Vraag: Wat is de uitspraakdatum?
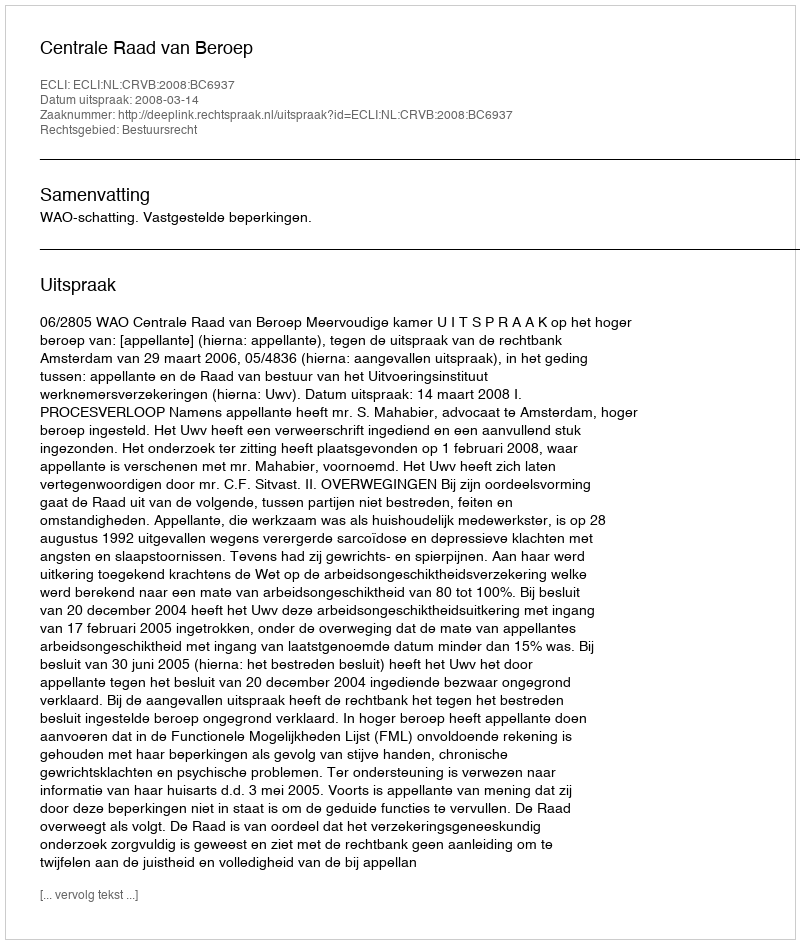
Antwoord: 2008-03-14